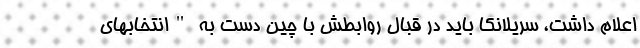
اعلام داشت، سریلانکا باید در قبال روابطش با چین دست به "انتخابهای